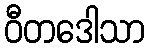
ဝီတဒေါသာ